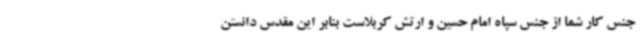
جنس کار شما از جنس سپاه امام حسین و ارتش کربلاست بنابر این مقدس دانستن